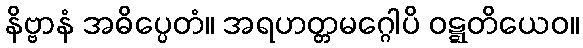
နိဗ္ဗာနံ အဓိပ္ပေတံ။ အရဟတ္တမဂ္ဂေါပိ ဝဋ္ဋတိယေဝ။